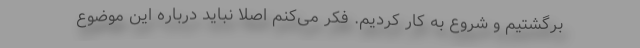
برگشتیم و شروع به کار کردیم. فکر می‌کنم اصلا نباید درباره این موضوع